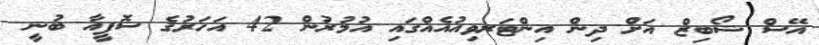
އޭސް ޝޯބިޒް އަށް ދިން އިންޓަރވިއުއެއްގައި އުމުރުން 42 އަހަރުގެ ސޮފީއާ ބުނީ